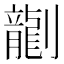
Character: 𫦞